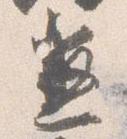
兼